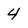
Character: 4